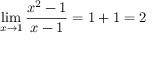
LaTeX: \operatorname* { l i m } _ { x \to 1 } { \frac { x ^ { 2 } - 1 } { x - 1 } } = 1 + 1 = 2